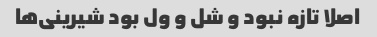
اصلا تازه نبود و شل و ول بود شیرینی‌ها